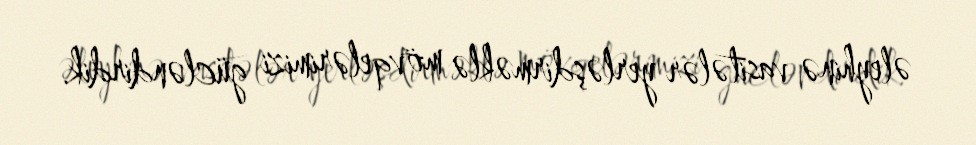
əleyhinə vasitələr yerləşdirməklə mövqelərimizi gücləndirdik.